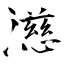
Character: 濨